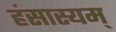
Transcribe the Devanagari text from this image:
हंसास्यम्